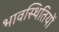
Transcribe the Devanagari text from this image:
भावस्थितियों